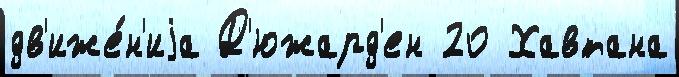
дв'иже́н'иjа Д'южард'ен 20 Хавтана